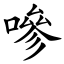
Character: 嘇